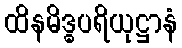
ထိနမိဒ္ဓပရိယုဋ္ဌာနံ